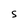
Character: S